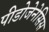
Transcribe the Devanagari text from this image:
पीडोजेनेसिस